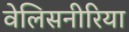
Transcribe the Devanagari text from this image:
वेलिसनीरिया